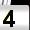
Digit: 4